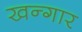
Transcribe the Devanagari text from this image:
खन्गार